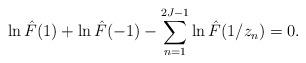
LaTeX: \begin{align*}\ln \hat{F}(1)+\ln \hat{F}(-1)-\sum_{n=1}^{2J-1}\ln \hat{F}(1/z_n)=0.\end{align*}